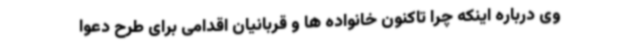
وی درباره اینکه چرا تاکنون خانواده ها و قربانیان اقدامی برای طرح دعوا